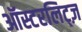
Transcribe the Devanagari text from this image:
ऑस्टरलिट्ज़